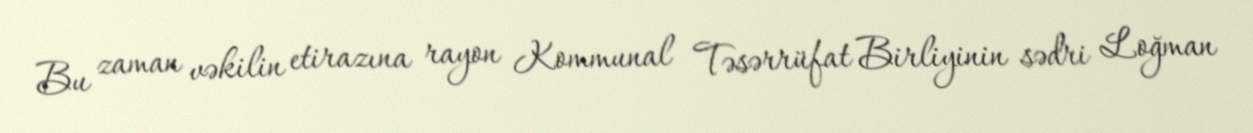
Bu zaman vəkilin etirazına rayon Kommunal Təsərrüfat Birliyinin sədri Loğman